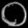
Digit: ၀